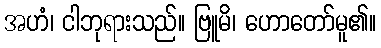
အဟံ၊ ငါဘုရားသည်။ ဗြူမိ၊ ဟောတော်မူ၏။